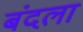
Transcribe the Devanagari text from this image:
बंदला